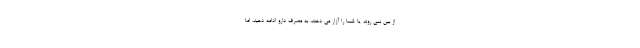
از بین نمی روند یا شما را آزار می دهند، به مصرف دارو ادامه دهید، اما